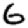
Digit: 6